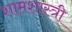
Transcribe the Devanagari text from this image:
शामशास्त्री